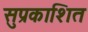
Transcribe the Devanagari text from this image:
सुप्रकाशित